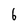
Character: b